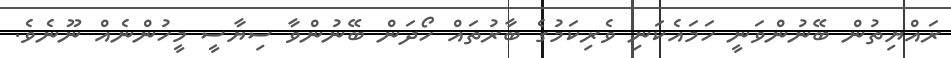
ރައްޔިތުން ބޭނުންވަނީ ހަމައެކަނި ވެރިކަމުގެ ބާރުތައް ހޯދަން ބޭނުންވާ ސިޔާސީ މީހުންނެއް ނޫނެވެ.